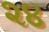
૨૪